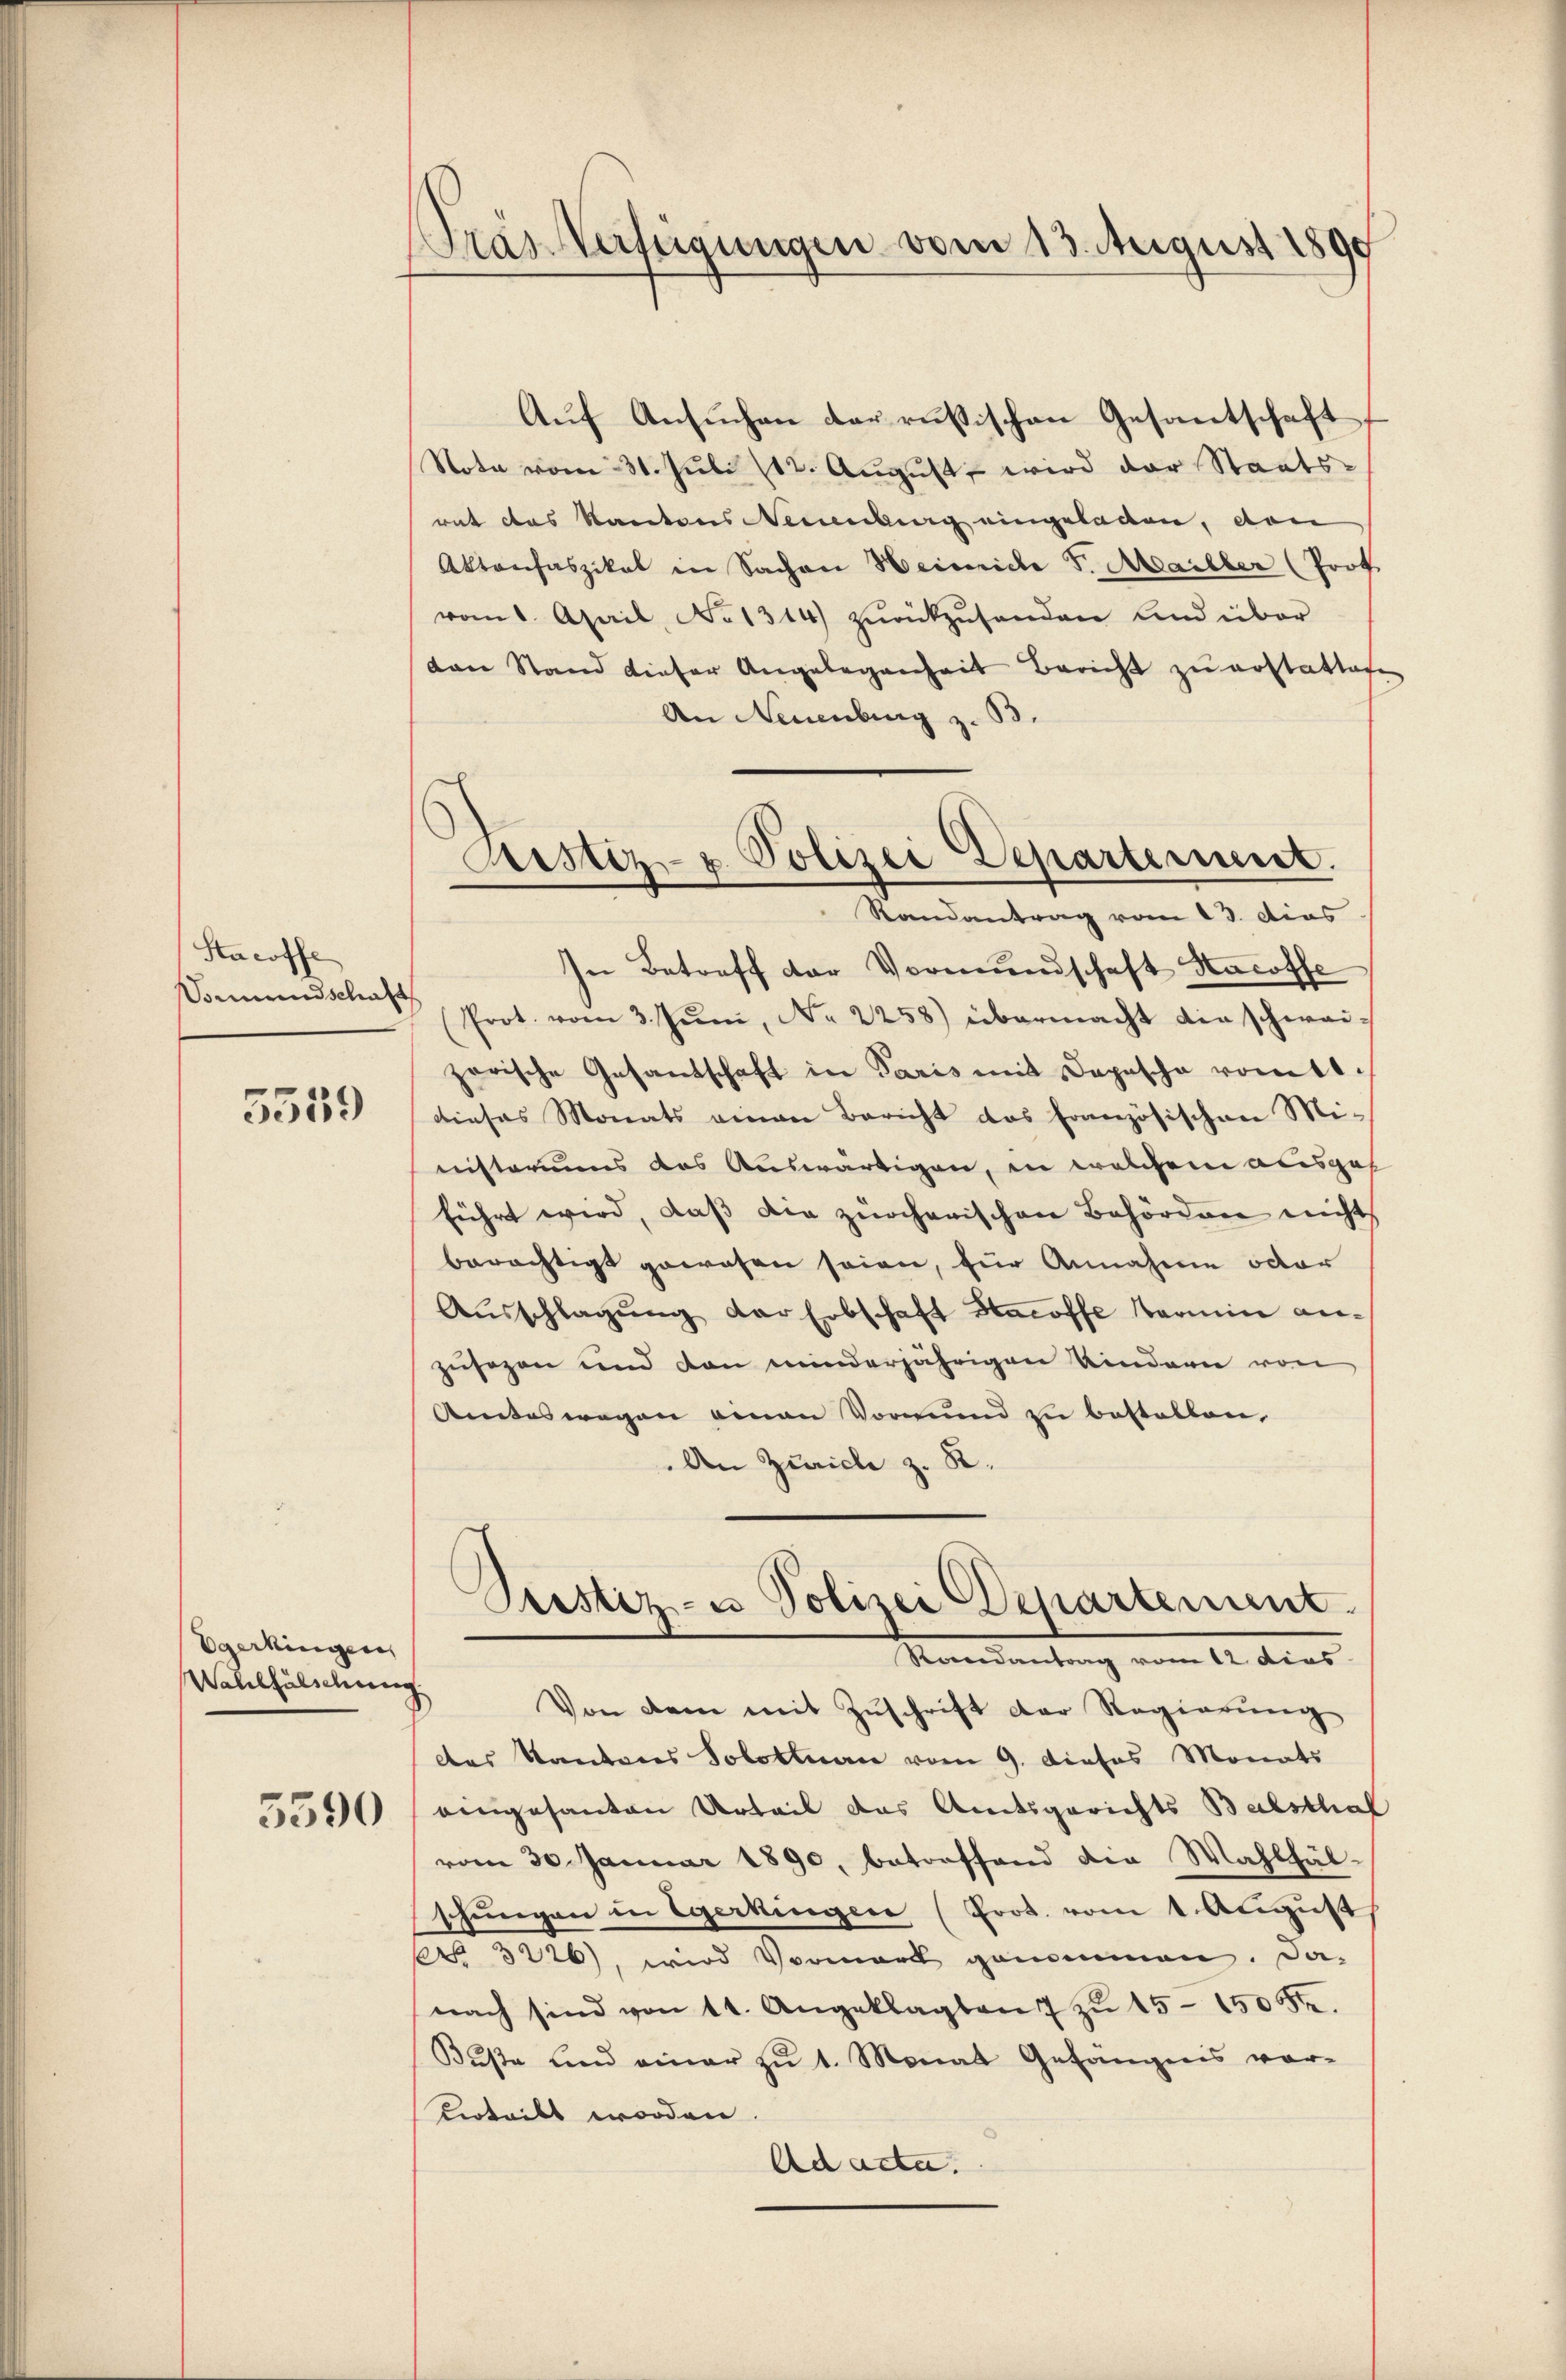
Stacoffe
Sonnendschaft

5539

Egerkingen
Wallfälschung.

3590

ras Verfeigungen vom 13. August 1890

Auf Ansuchen der russischen Gesantschaft
Note vom 31. Juli 182. August, wird der Staatsrat das Kantons Neuenburg eingeladen, dan
Aktanfaszikal in Sachen Heinriche F. Mailler (Prof.
vom 1. April, No 1314) zŭrückzusenden und über
ton Stand dieser Angelegenheit Bericht zu erstattes
An Neuenburg z. B.
In Betreff der Vormundschaft Hacoffe
Prot. vom 3. Juni, N. 2258) übermacht die schwei-
zarische Gesandschaft in Paris mit Depesche vom 1.
dieses Monats einen Bericht das Französischen Mi-
nisteriums das Auswärtigen, in welchem ausgeh
führt wird, daβ die zürcherischen Behörden nicht
berächtigt gewesen seien, für Annahme oder
Aŭsschlagung der Erbschaft Hacoffe starin an-
zusagen und den minderjährigen Kindern von
Amtes wegen einen Vormund zu bestellen.
An Zürich z. R.
Orestiz- u Polizei Departement
Mandantung vom 12. dies
Von dem mit Zŭschrift der Regierung
des Kantons Solothurn vom 9. dieses Monats
eingesanten Urteil das Amtsgerichts Balsthal
vom 30 Januar 1890, betreffend die Wahlhäl-
schungen in Egerkingen (Prot. vom 1. August
 3226), wird Vormark genommen. Da-
nach sind von 11. Angeklagten 7 zŭ 15-150 Fr.
Bŭβe und einer zŭ 1. Monat Gefängnis vor-
Vertritt worden
Ad acta.

Rustiz- u. Polizei Departement.
Randantrag vom 13. dies